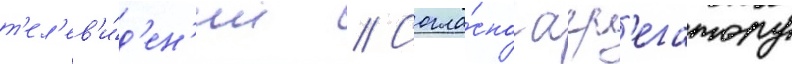
т'ел'ев'и́д'ен'ии // Согла́сно агр'егатору